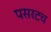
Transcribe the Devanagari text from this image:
पसरटच